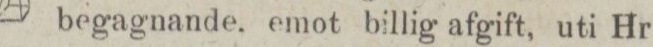
begagnande. emot billig afgift, uti Hr